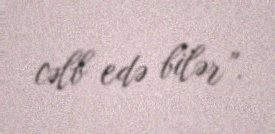
cəlb edə bilər”.